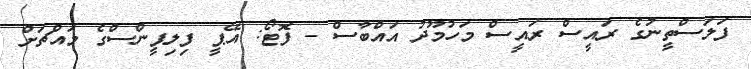
ފަލަސްތީނުގެ ރައީސް ރައީސް މަހުމޫދު އައްބާސް - ފޮޓޯ: އޭޕީ ފިލިޕީންސްގެ މައްޗަށް